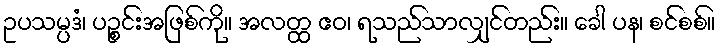
ဥပသမ္ပဒံ၊ ပဉ္စင်းအဖြစ်ကို။ အလတ္ထ ဧဝ၊ ရသည်သာလျှင်တည်း။ ခေါ ပန၊ စင်စစ်။